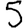
Digit: 5